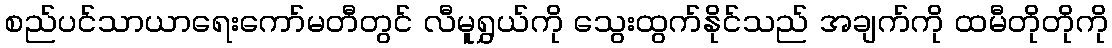
စည်ပင်သာယာရေးကော်မတီတွင် လီမူရွှယ်ကို သွေးထွက်နိုင်သည် အချက်ကို ထမီတိုတိုကို